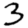
Digit: 3